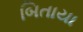
બિતાયા